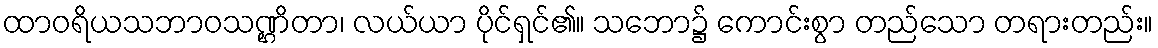
ထာဝရိယသဘာဝသဏ္ဌိတာ၊ လယ်ယာ ပိုင်ရှင်၏။ သဘော၌ ကောင်းစွာ တည်သော တရားတည်း။